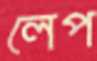
লেপ